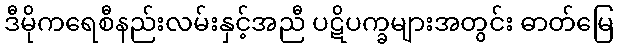
ဒီမိုကရေစီနည်းလမ်းနှင့်အညီ ပဋိပက္ခများအတွင်း ဓာတ်မြေ